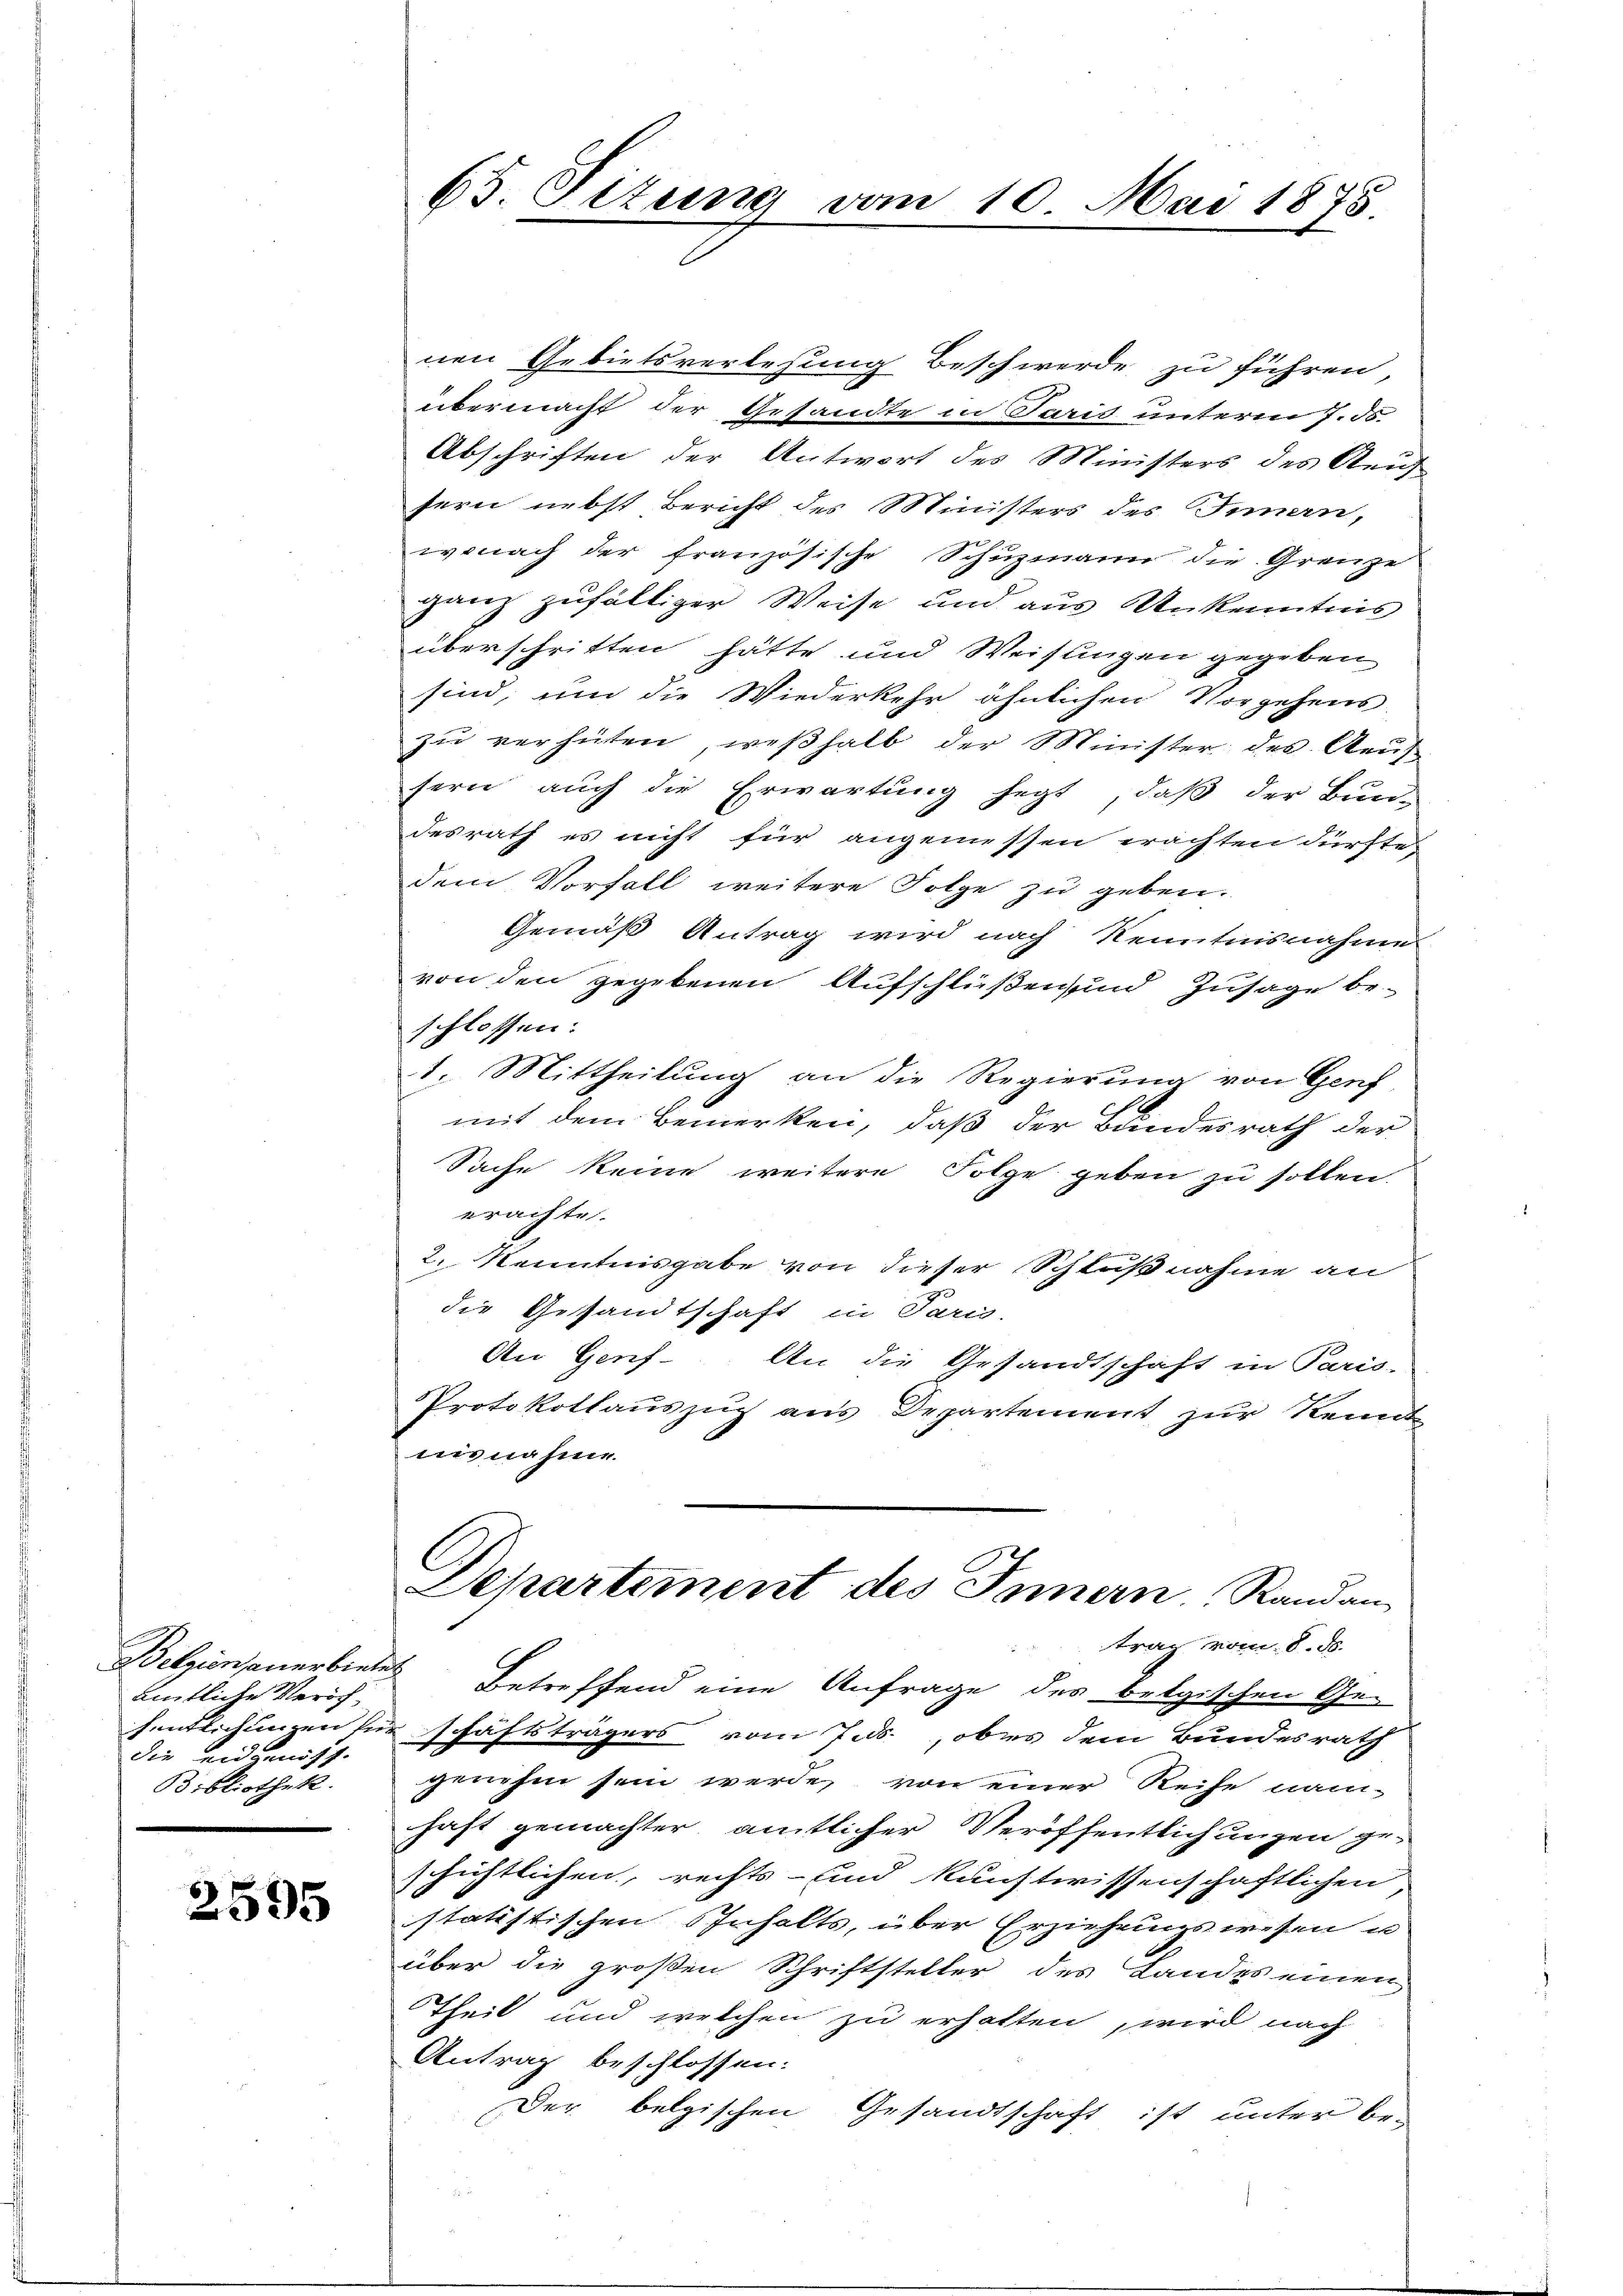
Welzion anerbietet
amtliche Veröch-
die eidgenöss.
Bibliothek.

2595

65. Situng vom 10. Mai 1878.

nen Gebietsverlesung Beschwerde zu führen,
übermacht der Gesandte in Paris unterm 7. ds.
Abschriften der Antwort des Ministers des Aeuf
fern nebst Bericht des Ministers des Innern,
wonach der französische Schŭzmann die Gränze
ganz zufälliger Weise und aus Unkenntnis
überschritten hätte und Weislingen gegeben
sind, um die Wiederkehr ähnlichen Vorgehens-
zu verhüten, weßhalb der Minister des Rauf
fern auch die Erwartung hegt, daß der Bun-
desrath es nicht für angemessen erachten dürfte,
dem Vorfall weitere Folge zu geben.
Gemäß Antrag wird nach Kenntnisnahme
von den gegebenen Aufschlüßen und Zusage beschlossen:
1. Mittheilung an die Regierung von Genf,
mit dem Bemerken, daß der Bundesrath der
Sache keine weitere Folge geben zu sollen.
erachte.
2. Kenntnisgabe von dieser Schlußnahme an
die Gesandtschaft in Paris-
An Genf. An die Gesandtschaft in Paris-
Protokollauszug aus Departement zur Kennt
nisnahme.
Departement des Innern Randan
trag vom 8. d.
Betreffend eine Anfrage des belgischen Ge-
fentlichungen für schäftsträgers vom 7. ds., obes dem Bundesrath
genehm sein werde, von einer Reihe nam-
haft gemachter amtlicher Veröffentlichungen geschichtlichen, rechts- und kunstwissenschaftlichen
statistischen Inhalts, über Erziehungswesen u
über die großen Schriftsteller des Landes einen
Theil und welchen zu erhalten, wird nach
Antrag beschlossen:
Der belgischen Gesandtschaft ist unter be-